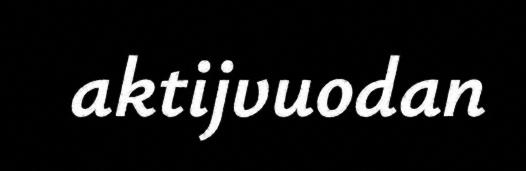
aktijvuodan